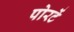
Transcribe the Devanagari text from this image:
पोरटें